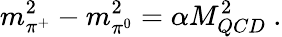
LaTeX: m_{\pi^{+}}^{2}-m_{\pi^{0}}^{2}=\alpha M_{QCD}^{2}~.